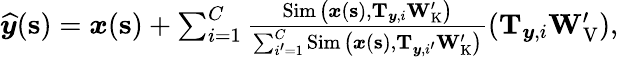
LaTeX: \begin{array}{r}{\boldsymbol{{\widehat{y}}}(\mathbf{s})=\boldsymbol{x}(\mathbf{s})+\sum_{i=1}^{C}\frac{\operatorname{Sim}\big(\boldsymbol{x}(\mathbf{s}),\mathbf{T}_{\boldsymbol{y},i}\mathbf{W}_{\mathrm{K}}^{\prime}\big)}{\sum_{i^{\prime}=1}^{C}\operatorname{Sim}\big(\boldsymbol{x}(\mathbf{s}),\mathbf{T}_{\boldsymbol{y},i^{\prime}}\mathbf{W}_{\mathrm{K}}^{\prime}\big)}(\mathbf{T}_{\boldsymbol{y},i}\mathbf{W}_{\mathrm{V}}^{\prime}),}\end{array}